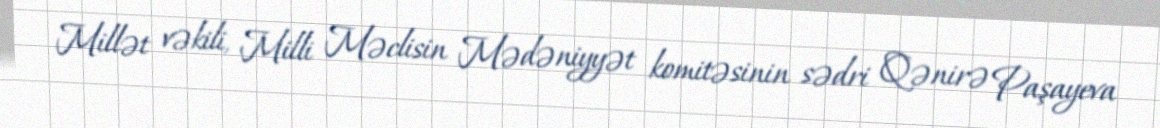
Millət vəkili, Milli Məclisin Mədəniyyət komitəsinin sədri Qənirə Paşayeva